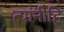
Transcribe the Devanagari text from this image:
त्यांनीहि